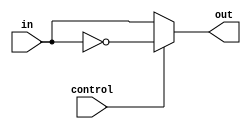
module inverter(input in, control, output reg out);
    always @(*) begin
        out = (control) ? ~in : in;
    end
endmodule